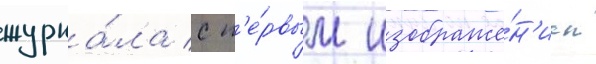
журна́ла с п'е́рвым изображе́н'ием